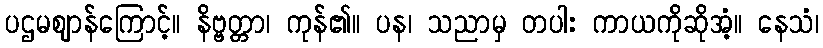
ပဌမဈာန်ကြောင့်။ နိဗ္ဗတ္တာ၊ ကုန်၏။ ပန၊ သညာမှ တပါး ကာယကိုဆိုအံ့။ နေသံ၊